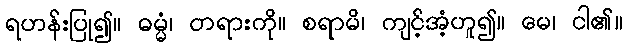
ရဟန်းပြု၍။ ဓမ္မံ၊ တရားကို။ စရာမိ၊ ကျင့်အံ့ဟူ၍။ မေ၊ ငါ၏။